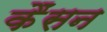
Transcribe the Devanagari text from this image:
कैंसन